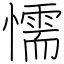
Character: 懦